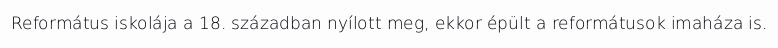
Református iskolája a 18. században nyílott meg, ekkor épült a reformátusok imaháza is.